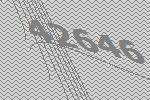
42646